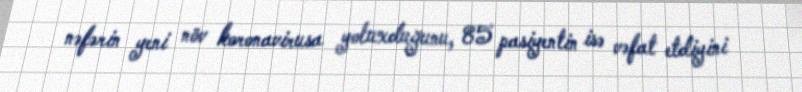
nəfərin yeni növ koronavirusa yoluxduğunu, 85 pasiyentin isə vəfat etdiyini